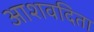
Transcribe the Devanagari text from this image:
आशवदिता